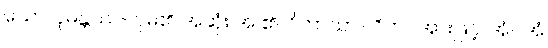
သော၊ ပုမန္တဿ- ပုမ၏ အဆုံး အ ၏၊ ဝိဘာသာ- ဝိကပ်အားဖြင့်၊ အံ- အံ